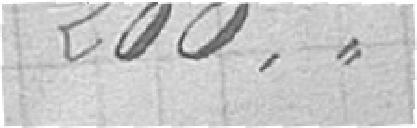
200